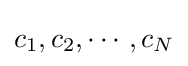
c_{1},c_{2},\cdots ,c_{N}